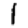
Digit: 1